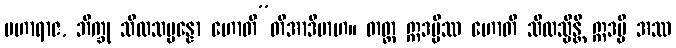
မဟာရာဇ, ဘိက္ခု သီလသမ္ပန္နော ဟောတီ”တိအာဒိမာဟ။ တတ္ထ ဣဒမ္ပိဿ ဟောတိ သီလသ္မိန္တိ ဣဒမ္ပိ အဿ